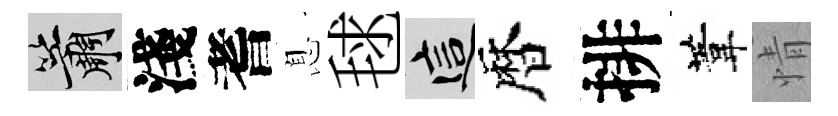
簫淺耆息毬這暦排葦情